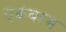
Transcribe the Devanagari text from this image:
एकंबरम